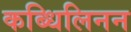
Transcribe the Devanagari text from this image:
कब्धिलिनन